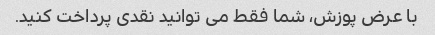
با عرض پوزش، شما فقط می توانید نقدی پرداخت کنید.